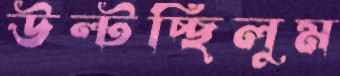
উল্‌টচ্ছিলুম